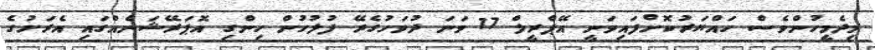
މިދެމީހުންވެސް ހައްޔަރުކޮށްފައިވަނީ އޭޕްރީލް 17 ވަނަ ދުވަހުގެރޭ ފުލުހުން ހިންގި އޮޕަރޭޝަނެއްގައި އެރަށުގެ